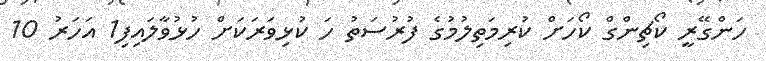
ހަންގޭރީ ކޯޗިންގް ކޯހަށް ކުރިމަތިލުމުގެ ފުރުސަތު ހަ ކުޅިވަރަކަށް ހުޅުވާލައިފި1 އަހަރު 10